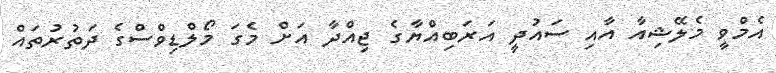
އެމްވީ މެލޭޝިއާ އާއި ސައުދީ އަރަބިއްޔާގެ ޖިއްދާ އަށް މެގަ މޯލްޑިވްސްގެ ދަތުރުތައް